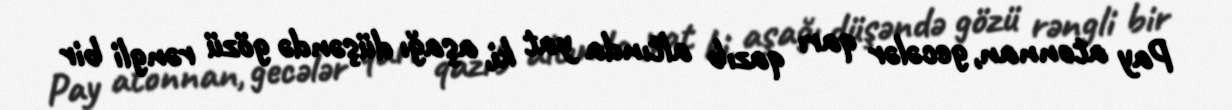
Pay atonnan, gecələr qarı qazıb altında yat ki, aşağı düşəndə gözü rəngli bir